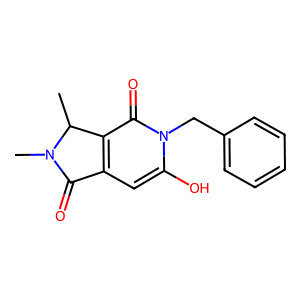
SMILES: CC1c2c(cc(O)n(Cc3ccccc3)c2=O)C(=O)N1C
Inhibits HIV replication: No